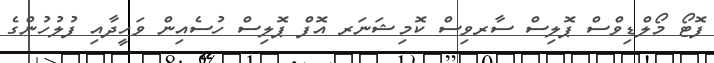
ފޮޓޯ މޯލްޑިވްސް ޕޮލިސް ސާރވިސް ކޮމިޝަނަރ އޮފް ޕޮލިސް ހުސެއިން ވަހީދާއި ފުލުހުންގެ